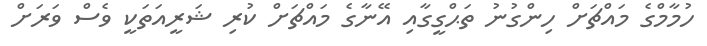
ހުމާމްގެ މައްޗަށް ހިންގުނު ތަޙްގީގާއި އޭނާގެ މައްޗަށް ކުރި ޝަރީއަތަކީ ވެސް ވަރަށް